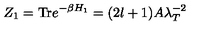
Z _ { 1 } = \mathrm { T r } e ^ { - \beta H _ { 1 } } = ( 2 l + 1 ) A \lambda _ { T } ^ { - 2 }